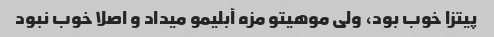
پیتزا خوب بود، ولی موهیتو مزه آبلیمو میداد و اصلا خوب نبود